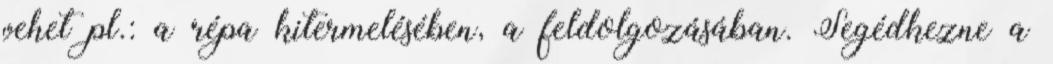
vehet pl.: a répa kitermelésében, a feldolgozásában. Segédkezne a